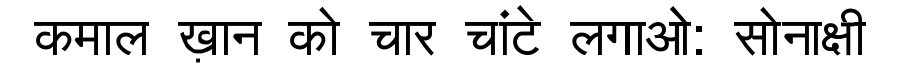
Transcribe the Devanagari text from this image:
कमाल ख़ान को चार चांटे लगाओ: सोनाक्षी